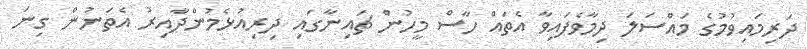
ދަރިމައިވުމުގެ މައްސަލަ ދިމާވެފައިވާ އެތައް ހާސް މީހުން ޗައިނާގައި ދިރިއުޅެމުންދާއިރު އެތަނުން ގިނަ